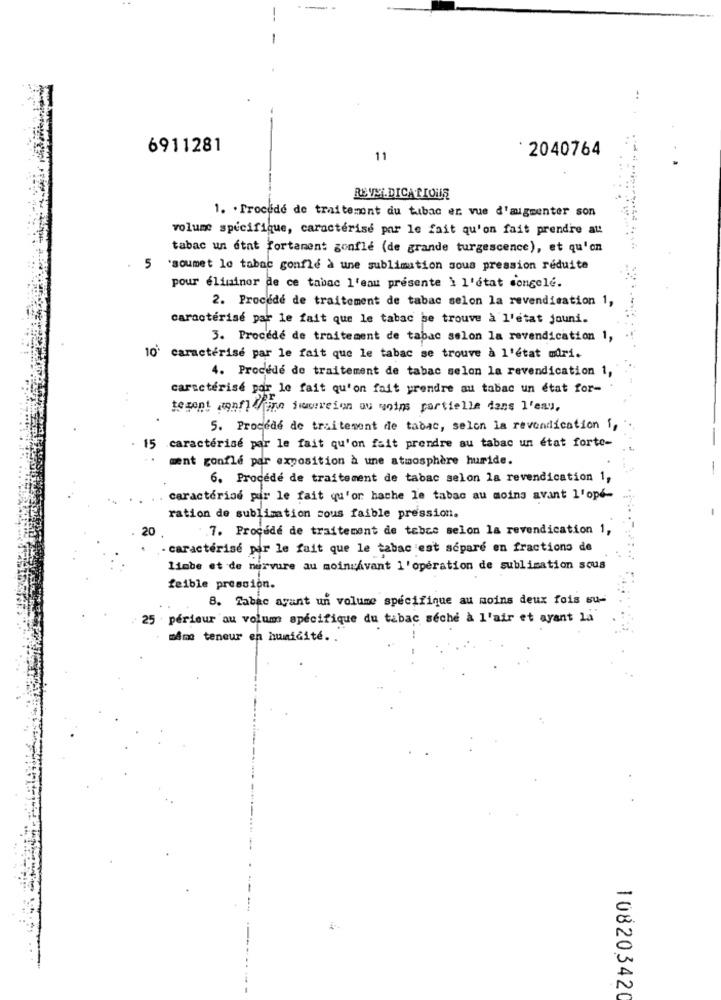
-.
6911281
2040764
11
REVENDICATIONS
1. . Procede de traitement du tabac er vue d'augmenter son
volume spécifique, caractérise par le fait qu'on fait prendre au!
tabac un état fortament gonflé (de grande turgescence), et qu'on
5
'soumet lo tabac gonflé à une sublimation sous pression réduite
pour eliminer de ce tabac l'eau presente à l'état congelé.
2. Procédé de traitement de tabac selon la revendication 1,
caractérisé par le fait que le tabac se trouve à l'etat jouni.
3. Procédé de traitement de tabac selon la revendication 1,
10' caractérisé par le fait que le tabac se trouve à l'état miri.
4. Procédé de traitement de tabac selon la revendication 1,
caractérise par le fait qu'on fait prendre au tabac un état for-
tesont gonflerine ficereion au moins partielle dans l'eau,
5. Procédé de traitement de tabac, selon la revendication i,
15 caractérise par le fait qu'on fait prendre au tabac un état forte-
ment gonflé par exposition à une atmosphère huride.
6. Procédé de traitement de tabac selon la revendication 1,
caractérise par le fait qu'or hache le tabac au moins avant l'ope-
ration de sublimation sous faible pression.
20
.7. Procede de traitement de tebce selon la revendication 1,
- caractérisé par le fait que le tabac est séparé en fractions de
limbe et de nervure au moinsAvant l'opération de sublimation sous
feible pression.
8. Tabac ayant un volume spécifique au moins deux fois su-
25 périeur au volum spécifique du tabac seche a l'air et ayant la
même teneur en humidité. .
108203420